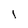
Character: l